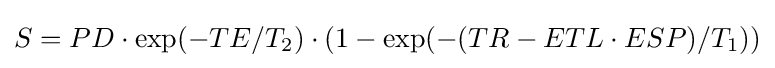
S=PD\cdot \exp(-TE/T_{2})\cdot (1-\exp(-(TR-ETL\cdot ESP)/T_{1}))